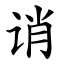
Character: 诮